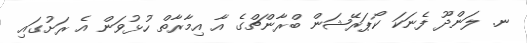
ނ. ލަންދޫ ފެނަކަ ކޯޕަރޭޝަން ބްރާންޗްގެ އާ އިމާރާތް ހުޅުވަން އެ ރަށުގައި